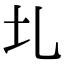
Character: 圠